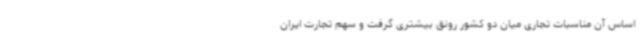
اساس آن مناسبات تجاری میان دو کشور رونق بیشتری گرفت و سهم تجارت ایران